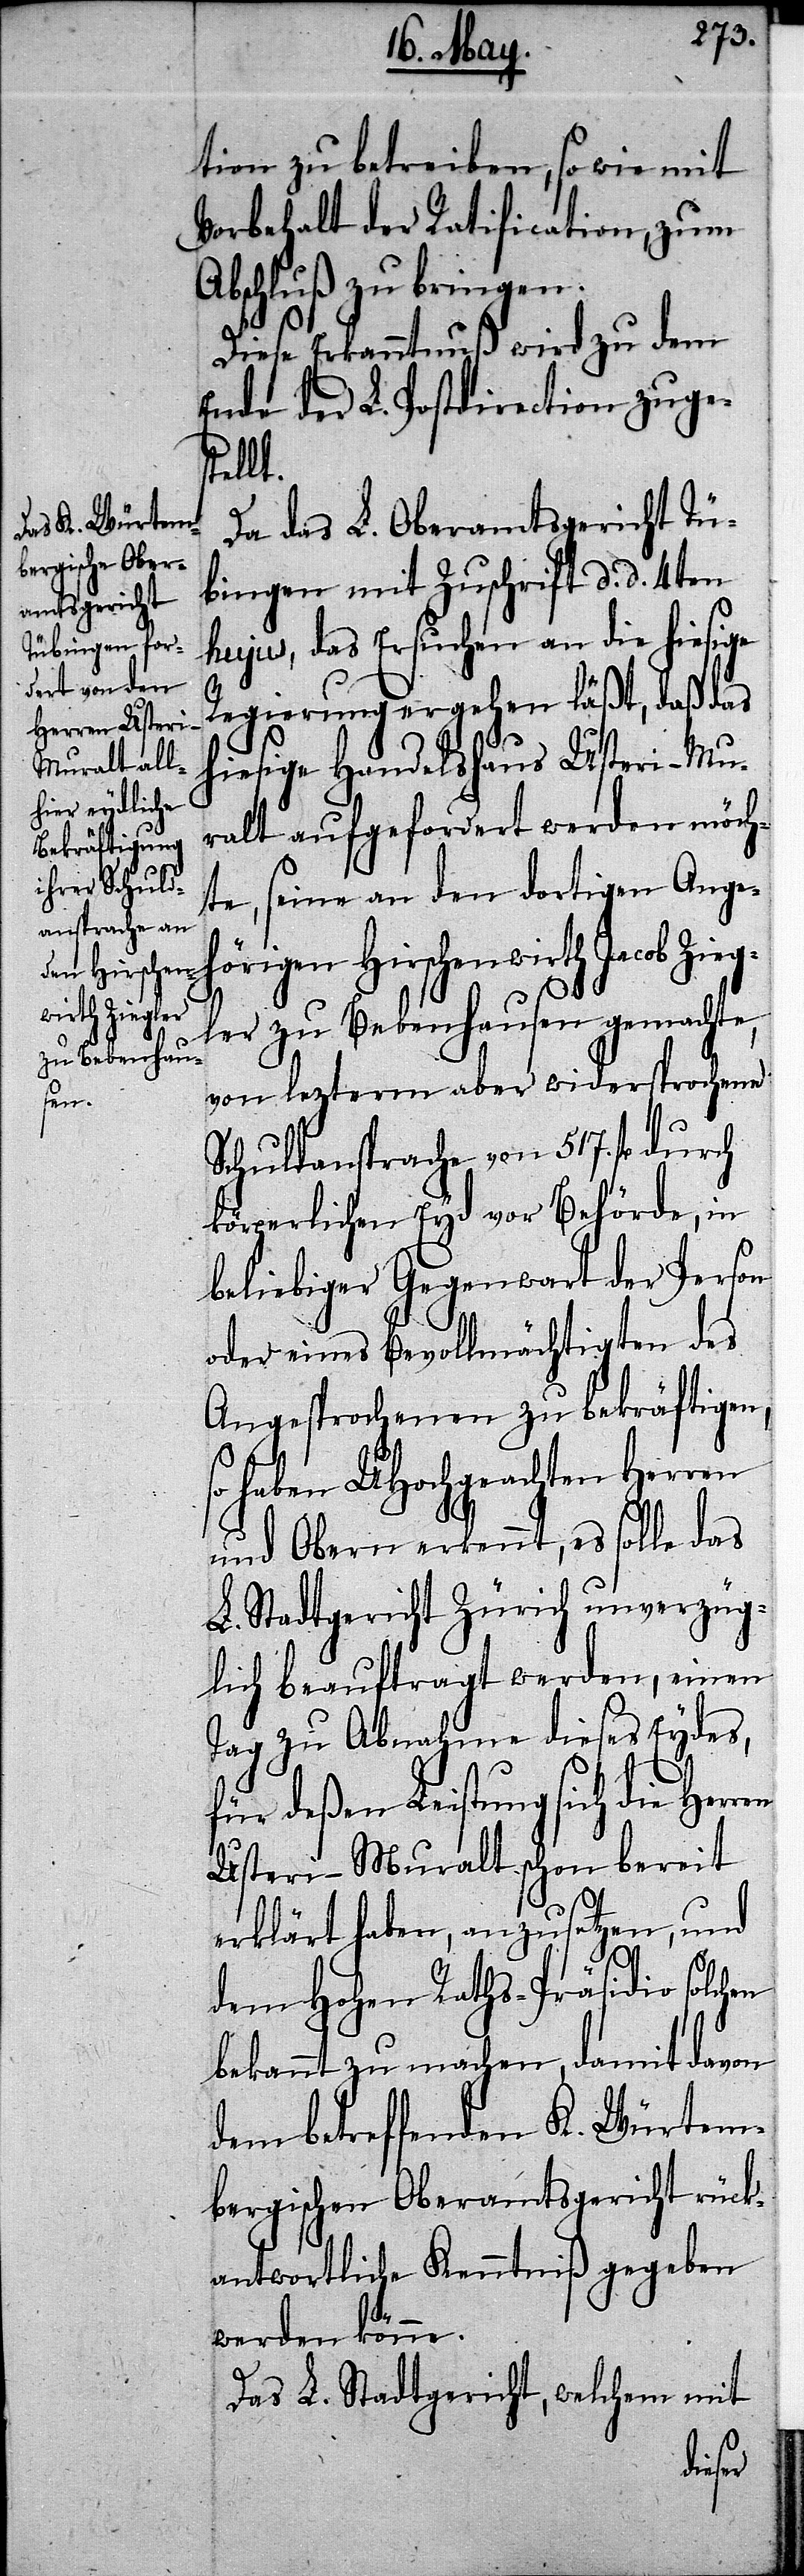
tion zu betreiben, so wie mit
Vorbehalt der Ratification, zum
Abschluß zu bringen.
Diese Erkanntnuß wird zu dem
Ende der L. Postdirection zuges¬
tellt.
Da das L. Oberamtsgericht Tü¬
bingen mit Zuschrift d. d. 4ten
hujus, das Ersuchen an die hiesige
Regierung ergehen läßt, daß das
hiesige Handelshaus Usteri-Mu¬
ralt aufgefordert werden möch¬
te, seine an den dortigen Ange¬
hörigen Hirschenwirth Jacob Zieg¬
ler zu Bebenhausen gemachte,
von lezterm aber widersprochene
Schuldansprache von 517. fl durch
körperlichen Eyd vor Behörde, in
beliebiger Gegenwart der Person
oder eines Bevollmächtigten des
Angesprochenen zu bekräftigen,
so haben UHochgeachten HHer¬
und Obern erkennt, es solle das
L. Stadtgericht Zürich unverzüg¬
lich beauftragt werden, einen
Tag zu Abnahme dieses Eydes,
für deßen Leistung sich die Her¬
Usteri-Muralt schon bereit
erklärt haben, anzusetzen, und
dem Hohen Raths-Präsidio solchen
bekannt zu machen, damit davon
dem betreffenden K. Würtem¬
bergischen Oberamtsgericht rück¬
antwortliche Kenntniß gegeben
werden könne.
Das L. Stadtgericht, welchem mit
ren